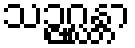
သဉ္ဇဂ္ဃန္တာ